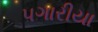
પગારીયા